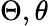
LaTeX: \Theta,\theta